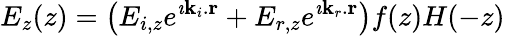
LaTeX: E_{z}(z)=\left(E_{i,z}e^{\imath{\mathbf k_{i}}.{\mathbf r}}+E_{r,z}e^{\imath{\mathbf k_{r}}.{\mathbf r}}\right)f(z)H(-z)